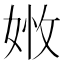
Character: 𡝒